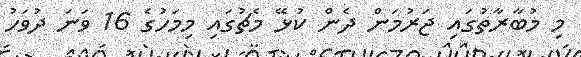
މި މުބާރާތުގައި ޖަރުމަން ދެން ކުޅޭ މެޗުގައި މިމަހުގެ 16 ވަނަ ދުވަހު